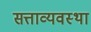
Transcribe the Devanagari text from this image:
सत्ताव्यवस्था